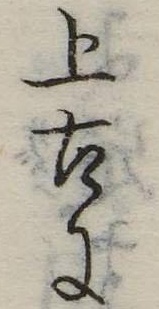
上古に